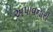
અપાવનારી